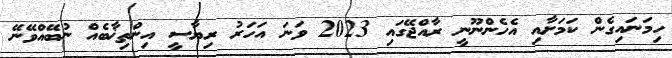
ހިމަނައިގެން ކަމަށާއި އެހެންނޫނީ ރާއްޖޭގައި 2023 ވަނަ އަހަރު ރިޔާސީ އިންތިޚާބެއް ނުބޭއްވޭނޭ